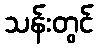
သန်းတွင်